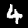
Digit: 4